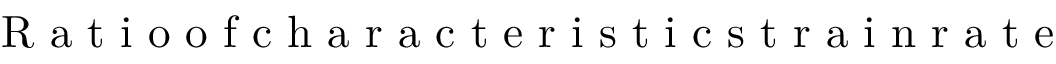
{ \mathrm { ~ R ~ a ~ t ~ i ~ o ~ o ~ f ~ c ~ h ~ a ~ r ~ a ~ c ~ t ~ e ~ r ~ i ~ s ~ t ~ i ~ c ~ s ~ t ~ r ~ a ~ i ~ n ~ r ~ a ~ t ~ e ~ } }